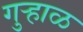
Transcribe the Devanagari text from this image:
गुऱ्हाळ